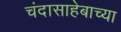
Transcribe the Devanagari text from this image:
चंदासाहेबाच्या